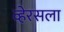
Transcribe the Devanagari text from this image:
व्हेरसला